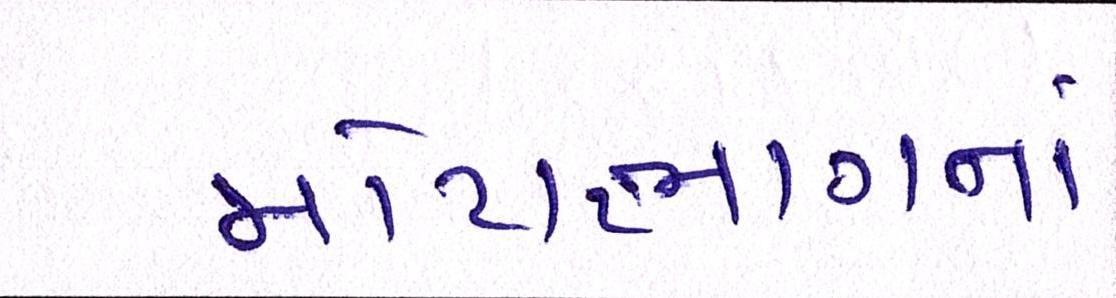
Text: મોટાભાગનાં